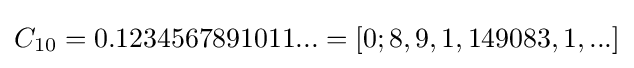
C_{10}=0.1234567891011...=[0;8,9,1,149083,1,...]